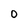
Character: 0